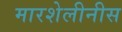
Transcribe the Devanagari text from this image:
मारशेलीनीस